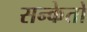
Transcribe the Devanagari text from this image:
सन्केतो